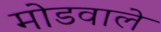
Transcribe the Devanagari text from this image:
मोडवाले